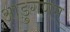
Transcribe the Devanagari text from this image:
आडुगणम्